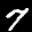
Label: 7